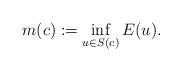
LaTeX: \begin{align*} m(c):=\inf_{u \in S(c)} E(u).\end{align*}